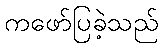
ကဖော်ပြခဲ့သည်